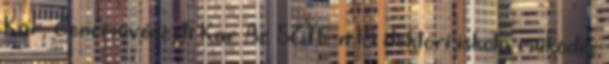
Kar, Zenemûvészeti Kar Az SZTE-n 18 doktori iskola mûködik: